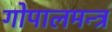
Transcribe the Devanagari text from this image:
गोपालमन्त्र